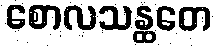
စောလသန္ထတေ